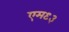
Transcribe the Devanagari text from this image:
एम९३